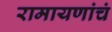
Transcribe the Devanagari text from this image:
रामायणांचं